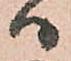
ハ